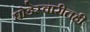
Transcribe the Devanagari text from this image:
घोडेस्वारीतही